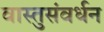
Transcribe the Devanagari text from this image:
वास्तुसंवर्धन